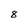
Character: 8